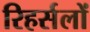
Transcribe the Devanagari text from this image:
रिहर्सलों